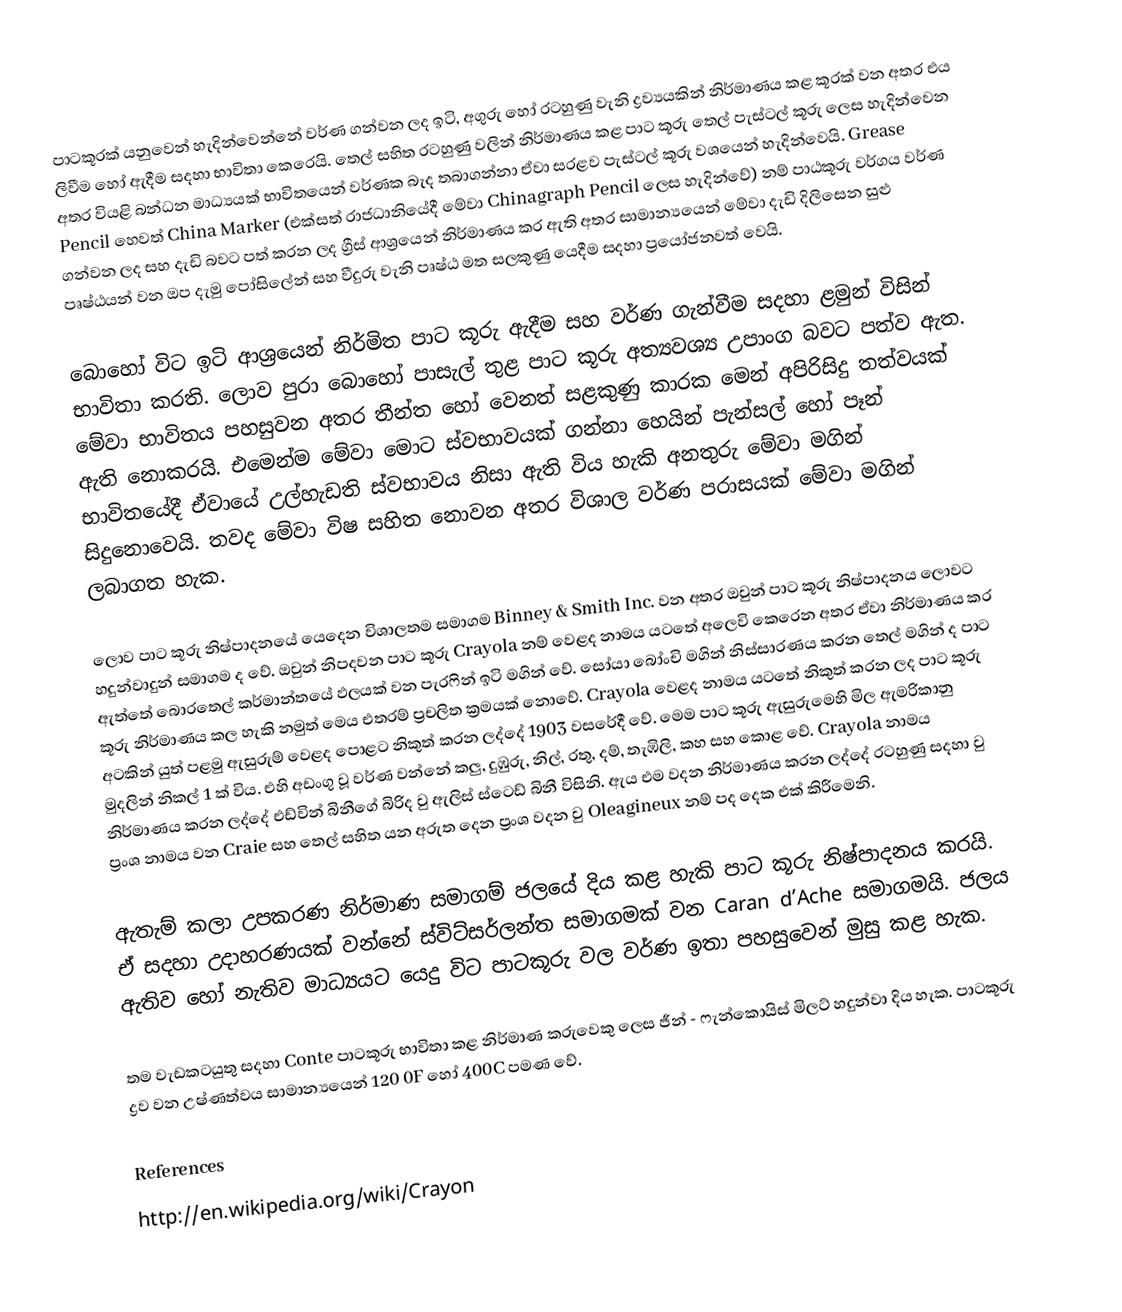
පාටකූරක් යනුවෙන් හැදින්වෙන්නේ වර්ණ ගන්වන ලද ඉටි, අගුරු හෝ රටහුණු  වැනි ද්‍රව්‍යයකින් නිර්මාණය කළ කූරක් වන අතර එය ලිවීම හෝ ඇදීම සදහා භාවිතා කෙරෙයි. තෙල් සහිත රටහුණු වලින් නිර්මාණය කළ පාට කූරු තෙල් පැස්ටල් කූරු ලෙස හැදින්වෙන අතර වියළි බන්ධන මාධ්‍යයක් භාවිතයෙන් වර්ණක බැද තබාගන්නා ඒවා සරළව පැස්ටල් කූරු වශයෙන් හැදින්වෙයි. Grease Pencil හෙවත් China Marker (එක්සත් රාජධානියේදී මේවා Chinagraph Pencil ලෙස හැදින්වේ) නම් පාඨකූරු වර්ගය වර්ණ ගන්වන ලද සහ දැඩි බවට පත් කරන ලද ග්‍රීස් ආශ්‍රයෙන් නිර්මාණය කර ඇති අතර සාමාන්‍යයෙන් මේවා දැඩි දිලිසෙන සුළු පෘෂ්ඨයන් වන ඔප දැමු පෝසිලේන් සහ වීදුරු වැනි පෘෂ්ඨ මත සලකුණු යෙදීම සදහා ප්‍රයෝජනවත් වෙයි.

බොහෝ විට ඉටි ආශ්‍රයෙන් නිර්මිත පාට කූරු ඇදීම සහ වර්ණ ගැන්වීම සදහා ළමුන් විසින් භාවිතා කරති. ලොව පුරා බොහෝ පාසැල් තුළ පාට කූරු අත්‍යවශ්‍ය උපාංග බවට පත්ව ඇත. මේවා භාවිතය පහසුවන අතර තීන්ත හෝ වෙනත් සළකුණු කාරක මෙන් අපිරිසිදු තත්වයක් ඇති නොකරයි. එමෙන්ම මේවා මොට ස්වභාවයක් ගන්නා හෙයින් පැන්සල් හෝ පෑන් භාවිතයේදී ඒවායේ උල්හැඩති ස්වභාවය නිසා ඇති විය හැකි අනතුරු මේවා මගින් සිදුනොවෙයි. තවද මේවා විෂ සහිත නොවන අතර විශාල වර්ණ පරාසයක් මේවා මගින් ලබාගත හැක.

ලොව පාට කූරු නිෂ්පාදනයේ යෙදෙන විශාලතම සමාගම Binney & Smith Inc. වන අතර ඔවුන් පාට කූරු නිෂ්පාදනය ලොවට හදුන්වාදුන් සමාගම ද වේ. ඔවුන් නිපදවන පාට කූරු Crayola නම් වෙළද නාමය යටතේ අලෙවි කෙරෙන අතර ඒවා නිර්මාණය කර ඇත්තේ බොරතෙල් කර්මාන්තයේ ඵලයක් වන පැරෆින් ඉටි මගින් වේ. සෝයා බෝංචි මගින් නිස්සාරණය කරන තෙල් මගින් ද පාට  කූරු නිර්මාණය කල හැකි නමුත් මෙය එතරම් ප්‍රචලිත ක්‍රමයක් නොවේ. Crayola වෙළද නාමය යටතේ නිකුත් කරන ලද පාට කූරු අටකින් යුත් පළමු ඇසුරුම් වෙළද පොළට නිකුත් කරන ලද්දේ 1903 වසරේදී වේ. මෙම පා‍ට කූරු ඇසුරුමෙහි මිල ඇමරිකානු මුදලින් නිකල් 1 ක් විය. එහි අඩංගු වූ වර්ණ වන්නේ කලු, දුඹුරු, නිල්, රතු, දම්, තැඹිලි, කහ  සහ කොළ වේ. Crayola නාමය නිර්මාණය කරන ලද්දේ එඩ්වින් බිනීගේ බිරිද වු ඇලිස් ස්ටෙඩ් බිනී විසිනි. ඇය එම වදන නිර්මාණය කරන ලද්දේ රටහුණු සදහා වු ප්‍රංශ නාමය වන Craie සහ තෙල් සහිත යන අරුත දෙන ප්‍රංශ වදන වු Oleagineux නම් පද දෙක එක් කිරීමෙනි.

ඇතැම් කලා උපකරණ නිර්මාණ සමාගම් ජලයේ දිය කළ හැකි  පාට කූරු නිෂ්පාදනය කරයි. ඒ සදහා උදාහරණයක් වන්නේ ස්විට්සර්ලන්ත සමාගමක් වන Caran d’Ache සමාගමයි. ජලය ඇතිව හෝ නැතිව මාධ්‍යයට යෙදු විට පාටකූරු වල වර්ණ ඉතා පහසුවෙන් මුසු කළ හැක.

තම වැඩකටයුතු සදහා Conte පාටකූරු භාවිතා කළ නිර්මාණ කරුවෙකු ලෙස ජීන් - ෆැන්කොයිස් මිලට් හදුන්වා දිය හැක. පාටකූරු ද්‍රව වන උෂ්ණත්වය සාමාන්‍යයෙන් 120 0F හෝ 400C පමණ වේ.

References
http://en.wikipedia.org/wiki/Crayon